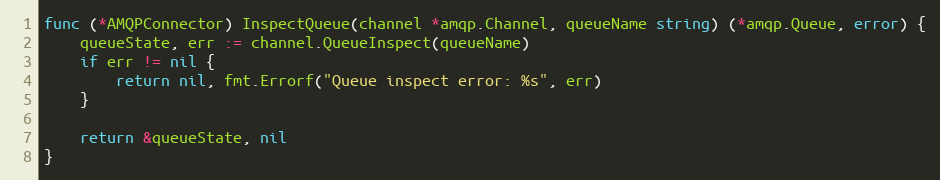
Language: Go
func (*AMQPConnector) InspectQueue(channel *amqp.Channel, queueName string) (*amqp.Queue, error) {
	queueState, err := channel.QueueInspect(queueName)
	if err != nil {
		return nil, fmt.Errorf("Queue inspect error: %s", err)
	}

	return &queueState, nil
}